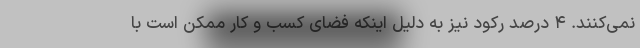
نمی‌کنند. ۴ درصد رکود نیز به دلیل اینکه فضای کسب و کار ممکن است با